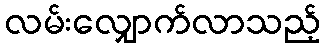
လမ်းလျှောက်လာသည့်